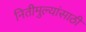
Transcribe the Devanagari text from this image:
नितीमुल्यांसाठी